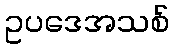
ဥပဒေအသစ်